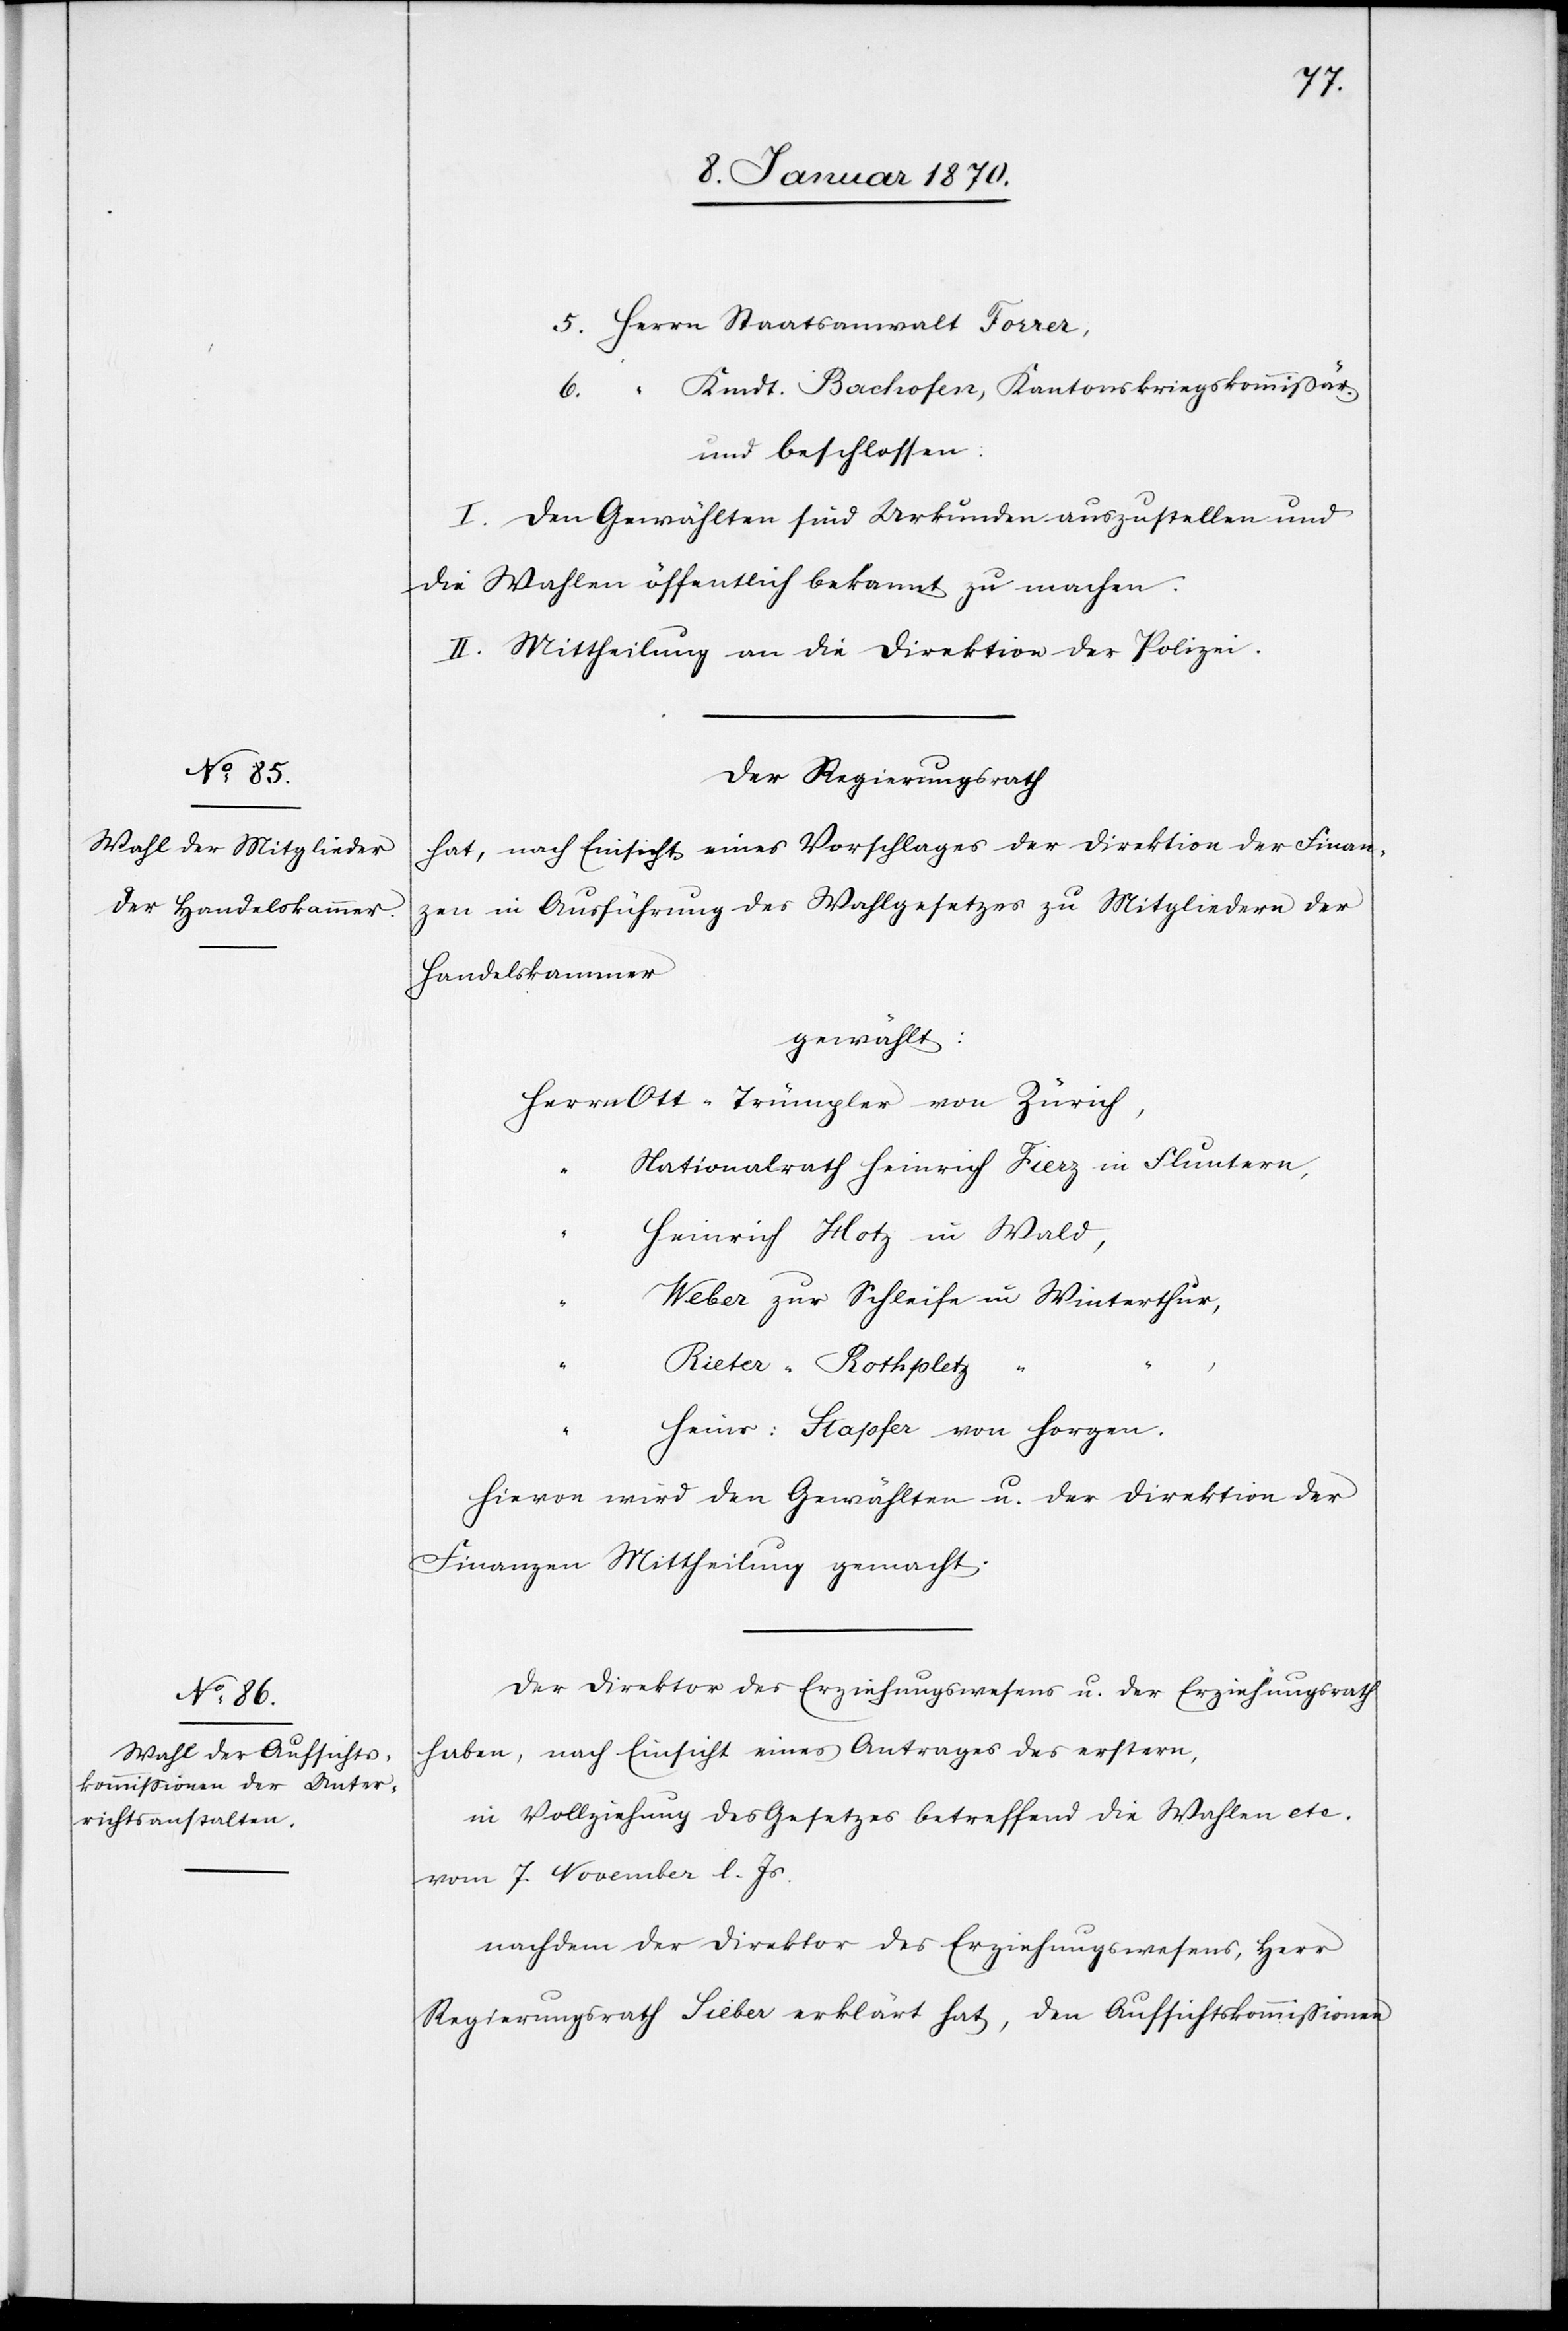
5. Herrn Staatsanwalt Forrer,
6. “ Kmdt. Bachofen, Kantonskriegskommissär.
und beschlossen:
I. Den Gewählten sind Urkunden auszustellen und
die Wahlen öffentlich bekannt zu machen.
II. Mittheilung an die Direktion der Polizei.
Der Regierungsrath
hat, nach Einsicht eines Vorschlages der Direktion der Finan¬
zen in Ausführung des Wahlgesetzes zu Mitgliedern der
Handelskammer
gewählt:
Herrn Ott-Trümpler von Zürich,
Nationalrath Heinrich Fierz in Funtern,
Heinrich Hotz in Wald,
Weber zur Schleife in Winterthur,
Rieter “ Rothpletz
Heinr: Stapfer von Horgen.
Hievon wird den Gewählten u. der Direktion der
Finanzen Mittheilung gemacht.
Der Direktor des Erziehungswesens u. der Erziehungsrath
haben, nach Einsicht eines Antrages des erstern,
in Vollziehung des Gesetzes betreffend die Wahlen etc.
vom 7. November l. Js.
nachdem der Direktor des Erziehungswesens, Herr
Regierungsrath Sieber erklärt hat, den Aufsichtskommissionen